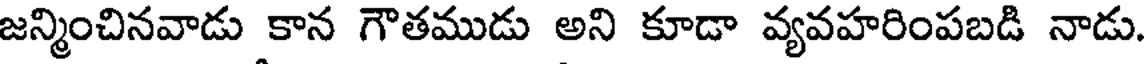
జన్మించినవాడు కాన గౌతముడు అని కూడా వ్యవహరింపబడి నాడు.